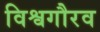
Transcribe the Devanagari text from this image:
विश्वगौरव